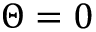
\Theta = 0